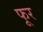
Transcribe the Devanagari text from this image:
फूर